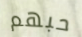
حبهم